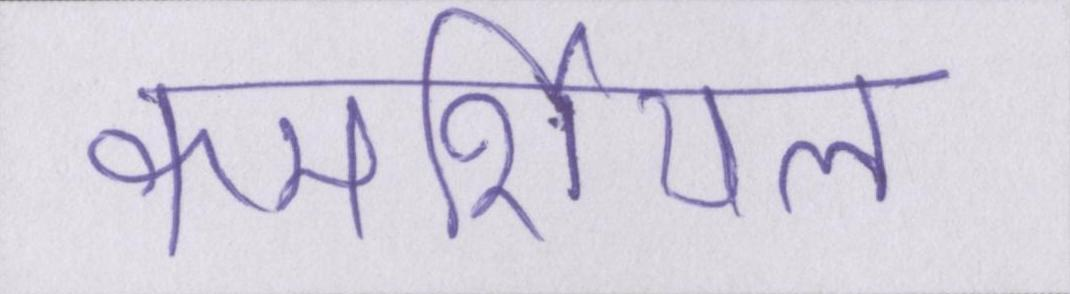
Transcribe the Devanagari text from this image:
कमर्शियल